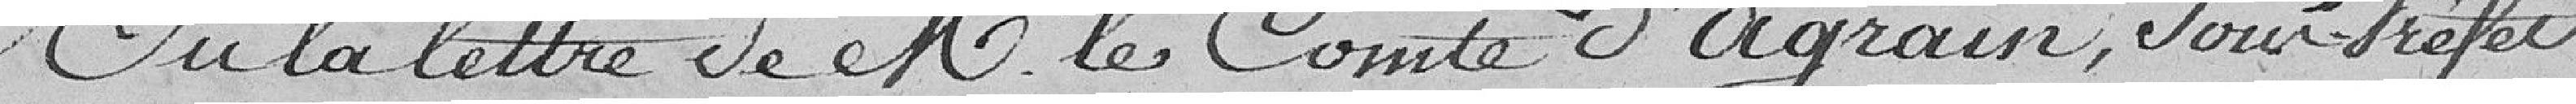
Vu la lettre de Monsieur le Comte d'Agrain, sous-préfet